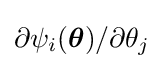
\partial \psi _{i}({\boldsymbol {\theta }})/\partial \theta _{j}